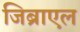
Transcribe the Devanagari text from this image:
जिब्राएल